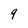
Character: 9